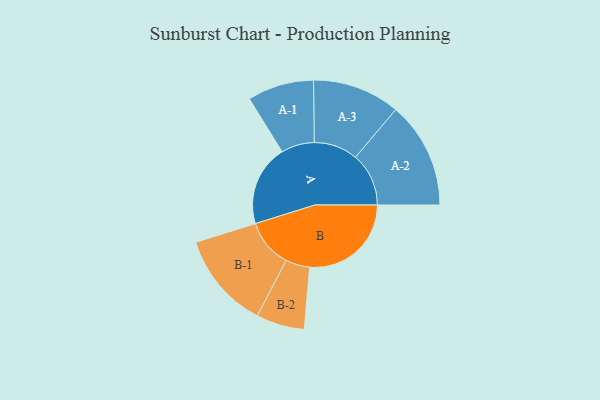
{"axis": {"x": "Segment", "y": "Value"}, "legend": ["", "A", "B"], "data": [{"x": "A", "y": 392, "type": ""}, {"x": "B", "y": 492, "type": ""}, {"x": "A-1", "y": 161, "type": "A"}, {"x": "A-2", "y": 258, "type": "A"}, {"x": "A-3", "y": 212, "type": "A"}, {"x": "B-1", "y": 234, "type": "B"}, {"x": "B-2", "y": 117, "type": "B"}]}